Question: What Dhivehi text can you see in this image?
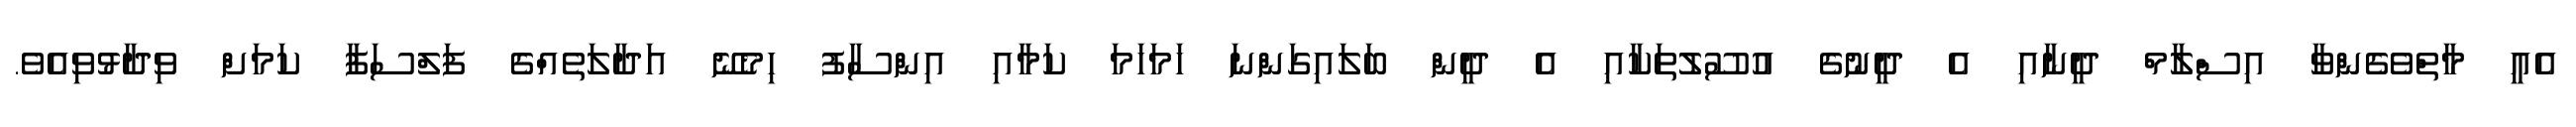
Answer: އެއީ މާތްވެގެންވާ އިސްލާމް ދީނާއި އެ ދީނުގެ އުސޫލުތަކާއި އެ ދީން ބަލައިގަންނަ ހަމަހަމަ ކަމާއި އިންސާފު ހިމެނޭ އަދާލަތެއްގެ ފަލްސަފާ ކަމަށް ވިދާޅުވިއެވެ.